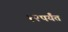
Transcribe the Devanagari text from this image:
१२पर्यंत